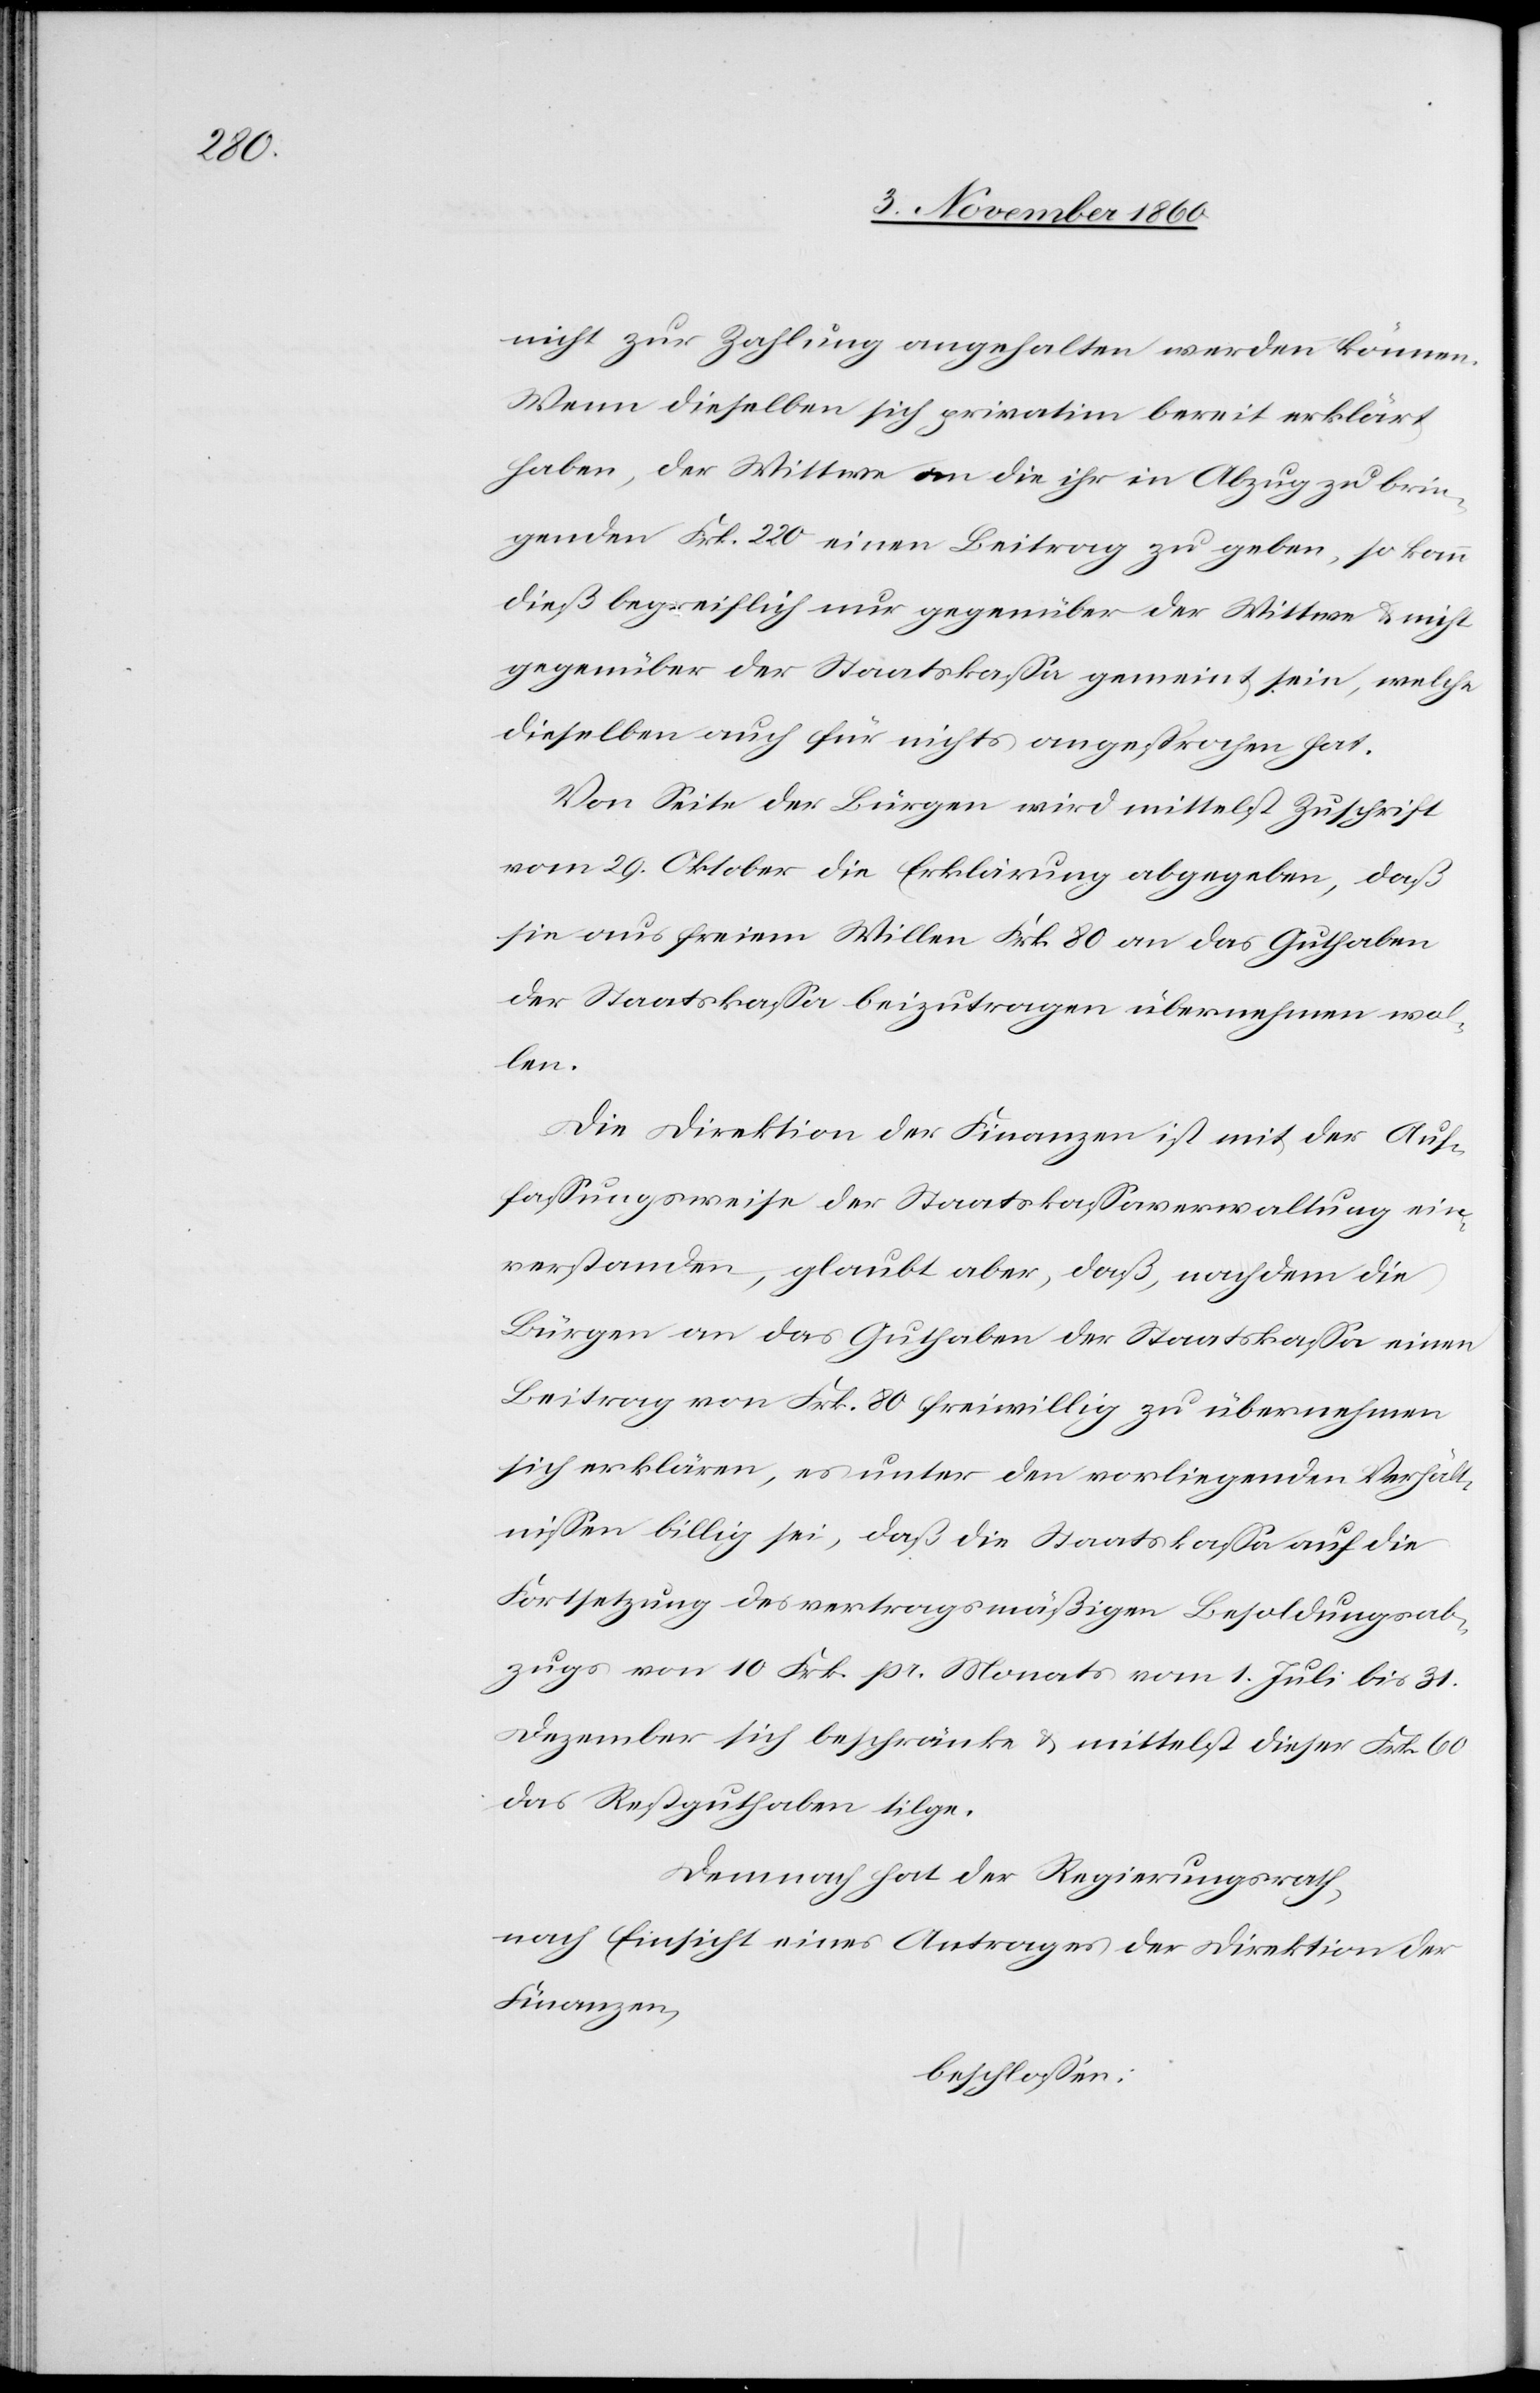
nicht zur Zahlung angehalten werden können.
Wenn dieselben sich privatim bereit erklärt
haben, der Wittwe an die ihr in Abzug zu brin¬
genden Frk. 220 einen Beitrag zu geben, so kann
dieß begreiflich nur gegenüber der Wittwe u. nicht
gegenüber der Staatskassa gemeint sein, welche
dieselben auch für nichts angesprochen hat.
Von Seite der Bürgen wird mittelst Zuschrift
vom 29. Oktober die Erklärung abgegeben, daß
sie aus freiem Willen Frk. 80 an das Guthaben
der Staatskassa beizutragen übernehmen wol¬
len.
Die Direktion de Finanzen ist mit der Auf¬
fassungsweise der Staatskassaverwaltung ein¬
verstanden, glaubt aber, daß, nachdem die
Bürgen an das Guthaben der Staatskassa einen
Beitrag von Frk. 80 freiwillig zu übernehmen
sich erklären, es unter den vorliegenden Verhält¬
nissen billig sei, daß die Staatskassa auf die
Fortsetzung des vertragsmäßigen Besoldungsab¬
zugs von 10 Frk. pr. Monats vom 1. Juli bis 31.
Dezember sich beschränke u. mittelst dieser Frk. 60
das Restguthaben tilge.
Demnach hat der Regierungsrath,
nach Einsicht eines Antrages der Direktion der
Finanzen
beschlossen: